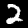
Digit: 2